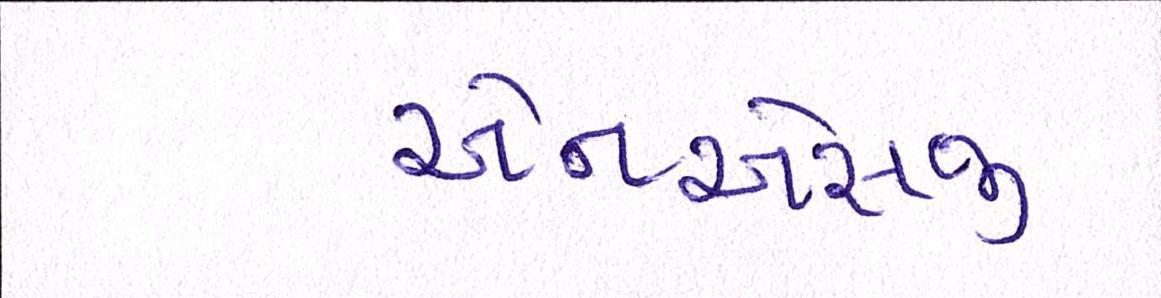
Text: એનએસજી